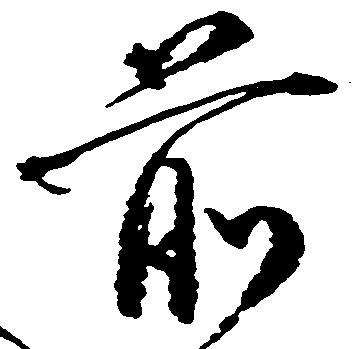
前